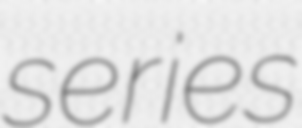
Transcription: series